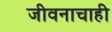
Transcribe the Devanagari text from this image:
जीवनाचाही